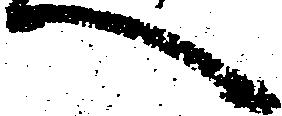
へ